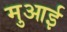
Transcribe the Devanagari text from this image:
मुआई